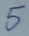
Text: 5